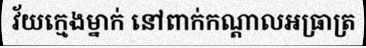
វ័យក្មេងម្នាក់ នៅពាក់កណ្តាលអធ្រាត្រ